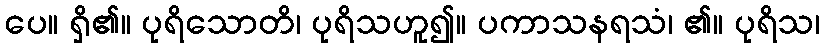
ပေ။ ရှိ၏။ ပုရိသောတိ၊ ပုရိသဟူ၍။ ပကာသနရသံ၊ ၏။ ပုရိသ၊